Annual report of the Madras Medical College
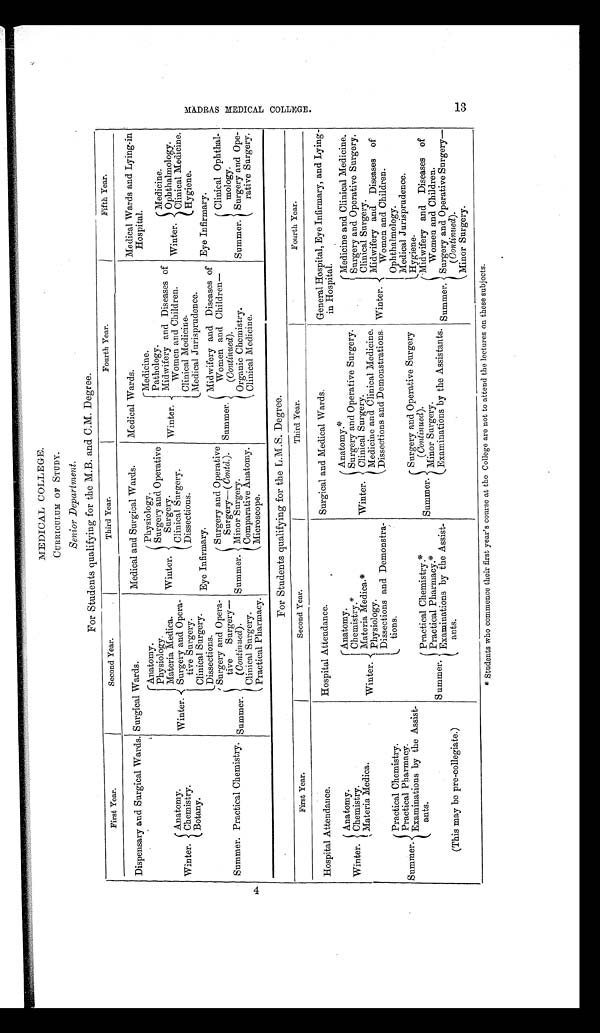
MADRAS MEDICAL COLLEGE. 13
MEDICAL COLLEGE.
CURRICULUM OF STUDY.
Senior Department.
For Students qualifying for the M.B. and C.M. Degree.
First Year.
Second Year.
Third Year.
Fourth Year.
Fifth Year.
Dispensary and Surgical Wards. Surgical Wards.
Medical and Surgical Wards.
Medical Wards.
Medical Wards and Lying-in Hospital.
Winter.
Anatomy.
Winter.
Anatomy.
Winter.
Physiology.
Winter.
Medicine.
Winter.
Medicine.
Surgery and Operative
Surgery.
Pathology.
Physiology.
Materia Medica.
Midwifery and Diseases of
Women and Children.
Ophthalmology.
Clinical Surgery.
Surgery and Opera-
tive Surgery.
Clinical Medicine.
Chemistry.
Dissections.
Clinical Medicine.
Hygiene.
Botany.
Clinical Surgery.
Eye Infirmary.
Medical Jurisprudence.
Summer.
Midwifery and Diseases of
Women and Children—
(Continued).
Eye Infirmary.
Dissections.
Summer. Practical Chemistry. Summer.
Surgery and Opera-
tive Surgery—
(Continued) .
Summer.
Surgery and Operative
Surgery—( Contd.).
Summer.
Clinical Ophthal-
urology.
Minor Surgery.
Surgery and Ope-
rative Surgery.
Organic Chemistry.
Clinical Surgery.
Comparative Anatomy.
Clinical Medicine.
Pharmacy.
Practical
Microscope.
For Students qualifying for the L.M.S. Degree.
First Year.
Second Year.
Third Year.
Fourth Year.
Hospital Attendance.
Hospital Attendance.
Surgical and Medical Wards.
General Hospital, Eye Infirmary, and Lying-
in Hospital.
Winter.
Anatomy.
Winter.
Anatomy.
Winter.
Anatomy.
Winter.
Medicine and Clinical Medicine.
Chemistry.
Chemistry.*
Surgery and Operative Surgery.
Surgery and Operative Surgery.
Materia Medica.
Materia Medica.
*
Clinical Surgery.
Clinical Surgery.
Physiology.
Medicine and Clinical Medicine.
Midwifery and Diseases of
Women and Children.
Dissections and Demonstra-
tions.
Dissections and Demonstrations.
Summer.
Practical Chemistry.
Ophthalmology.
Practical Pharmacy.
Medical Jurisprudence.
Examinations by the Assist-
ants.
Summer.
Practical Chemistry.*
Summer.
Surgery and Operative Surgery
( Continued) .
Hygiene.
Summer.
Midwifery and Diseases of
Women and Children.
Practical Pharmacy.*
Minor Surgery.
(This may be pre-collegiate.)
Examinations by the Assist-
ants.
Examinations by the Assistants.
Surgery and Operative Surgery—
(Continued).
Minor Surgery.
* Students who commence their first year's course at the College are not to attend the lectures on these subjects.